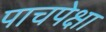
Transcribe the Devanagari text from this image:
पाचपेक्षा